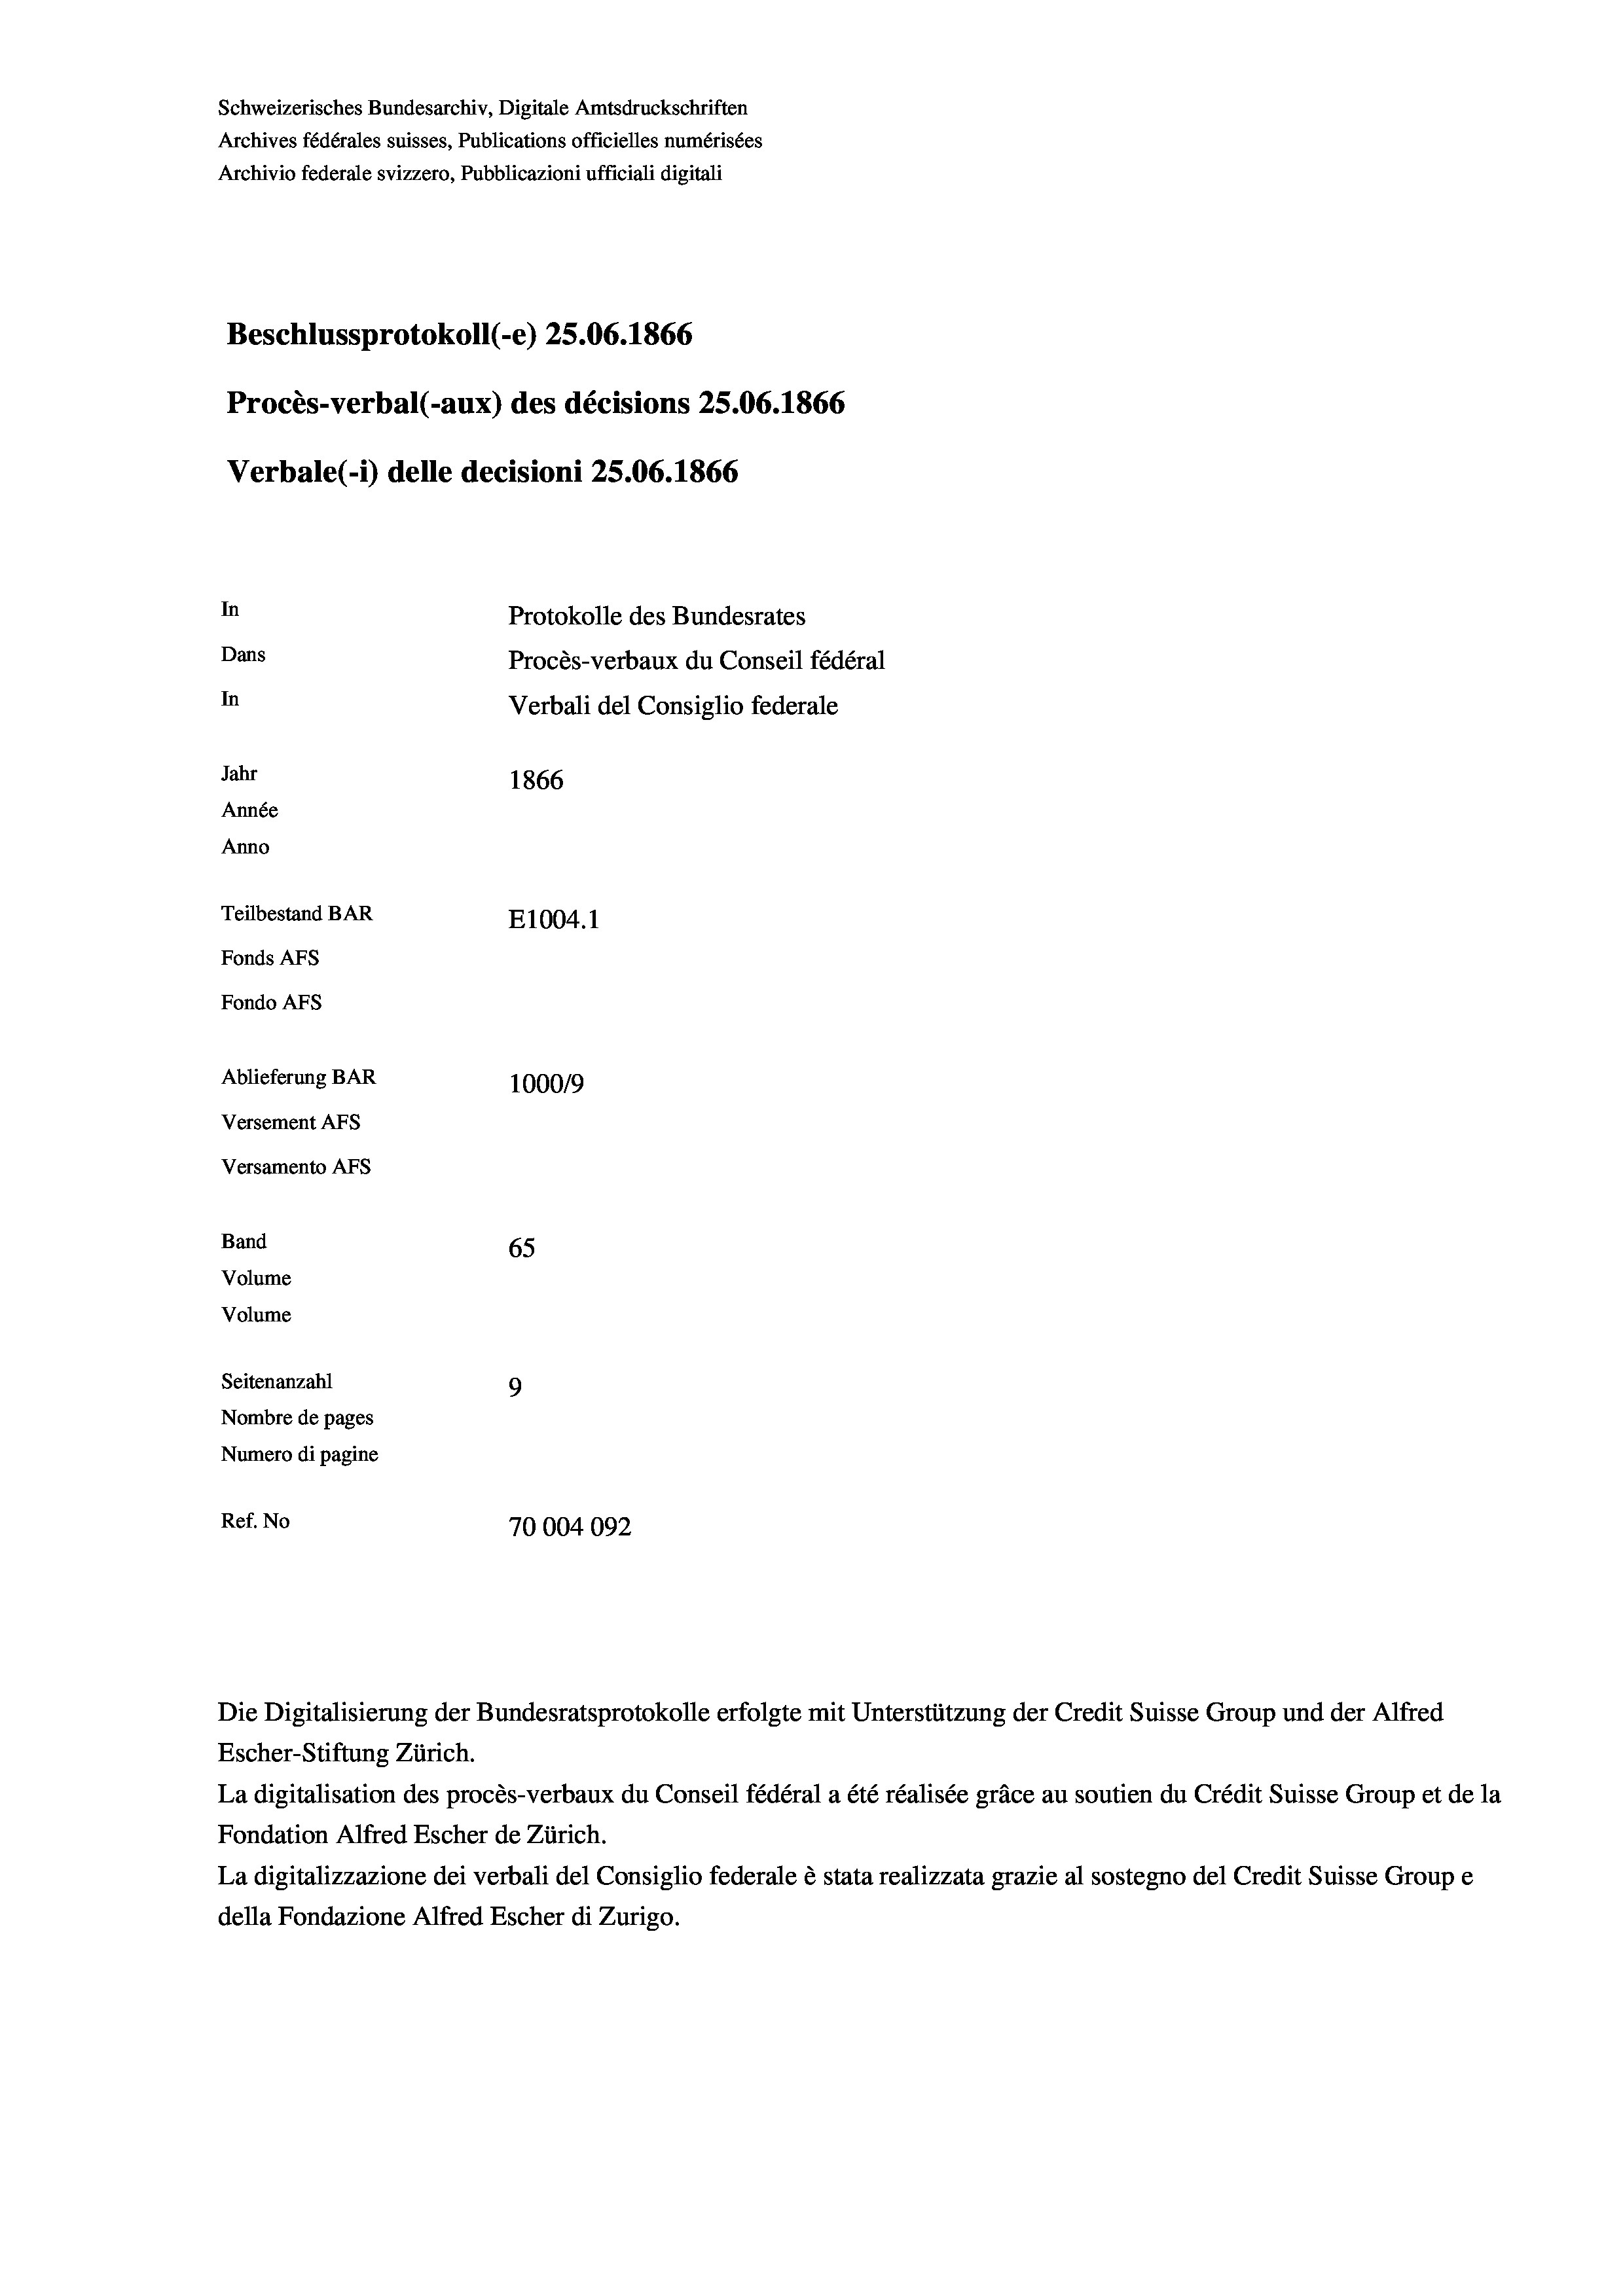
Schweizerisches Bundesarchiv, Digitale Amtsdruckschriften
Archives fédérales suisses, Publications officielles numérisées
Archivio federale svizzero, Pubblicazioni ufficiali digitali
Beschlussprotokoll (-e) 25.06. 1866
Procès-verbal (-aux) des décisions 25.06. 1866
Verbale (i) delle decisioni 25.06. 1866
In
Protokolle des Bundesrates
Dans
Procès-verbaux du Conseil fédéral
In
Verbali del Consiglio federale
Jahr
1866
Année
Anno
Teilbestand BAR
E1004. 1
Fonds Afs
Fondo AFs
Ablieferung BAR
100019
Versement AFS
Versamento Afs
Band
65
Volume
Volume

Seitenanzahl
9
Nombre de pages
Numero di pagine
Ref. No
70004092

Escher-Stiftung Zürich.
La digitalisation des procès-verbaux du Conseil fédéral a été réalisée gräce au soutien du Crédit Suisse Group et de la
Fondation Alfred Escher de Zürich.
La digitalizzazione dei verbali del Consiglio federale è stata realizzata grazie al sostegno del Credit Suisse Groupe
della Fondazione Alfred Escher di Zurigo.

Die Digitalisierung der Bundesratsprotokolle erfolgte mit Unterstützung der Credit Suisse Group und der Alfred